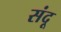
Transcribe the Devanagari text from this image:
संदू